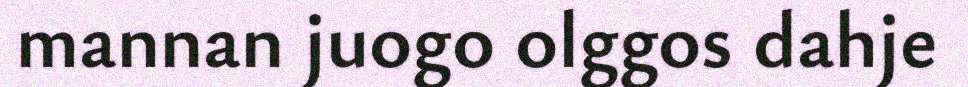
mannan juogo olggos dahje